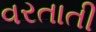
વરતાતી